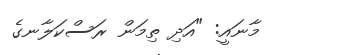
މާނައީ: "އަދި ތިމަން ރަސްކަލާނގެ